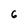
Character: 6